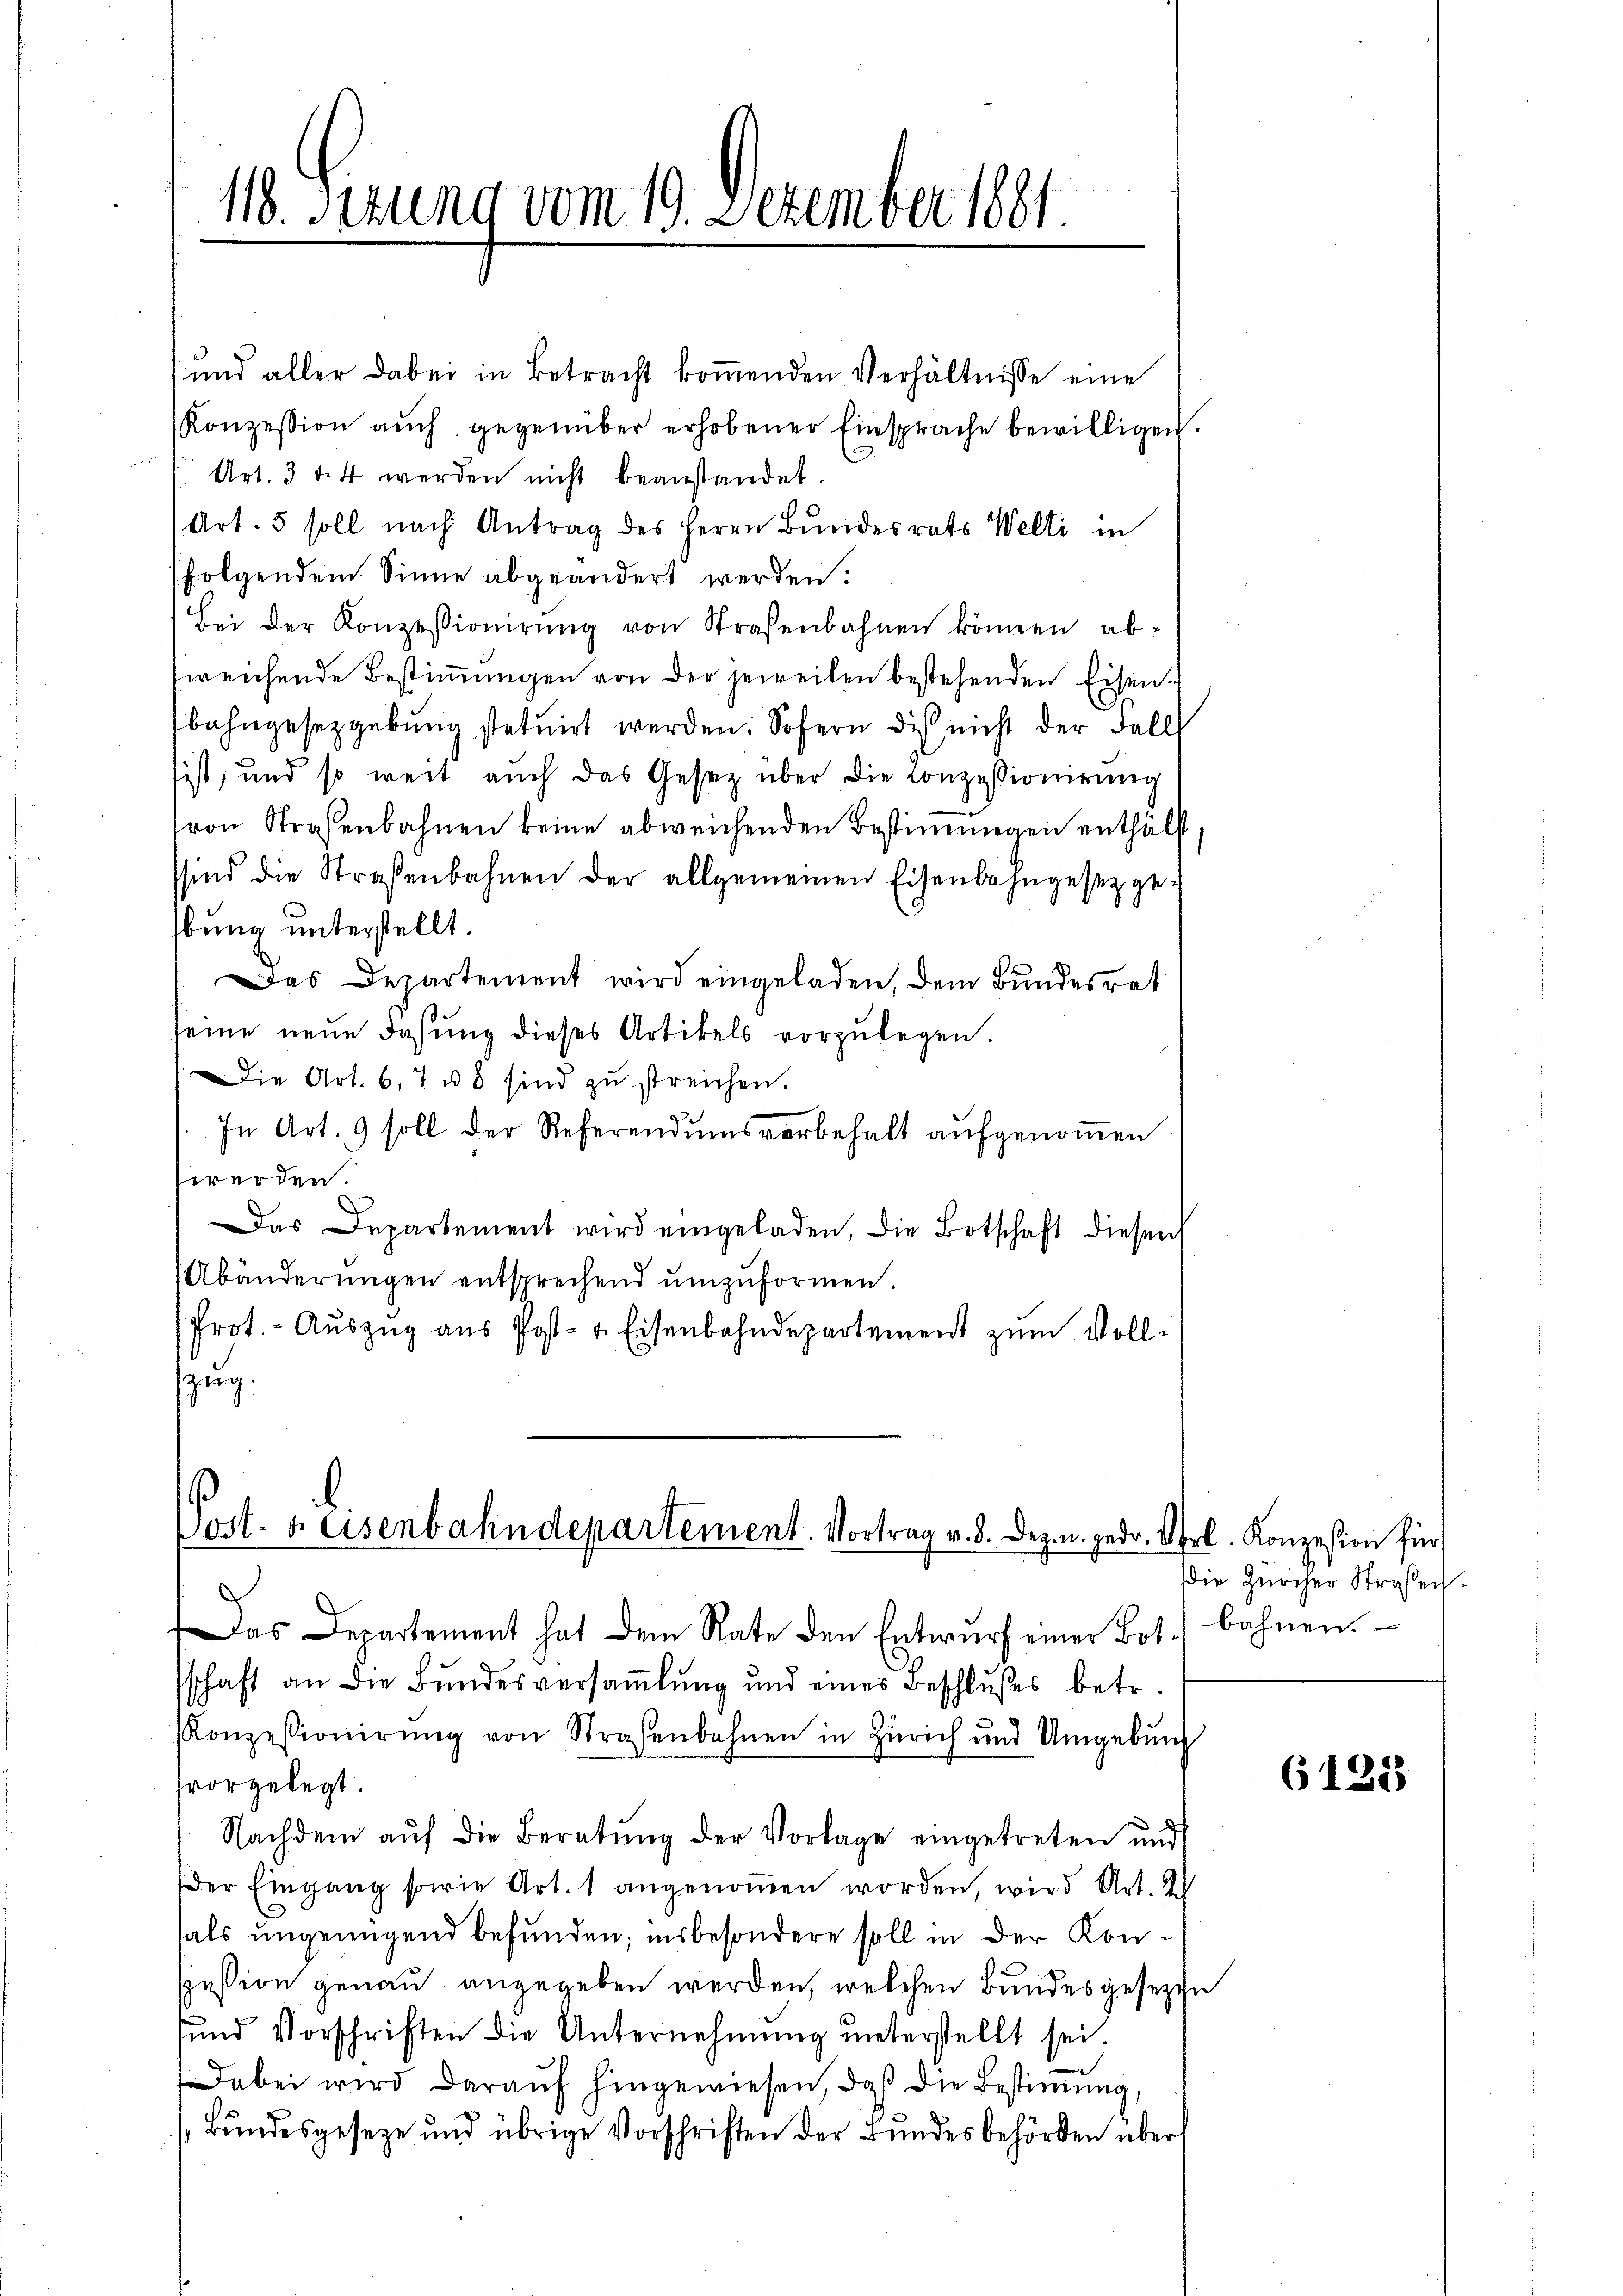
18. Sezung vom 19. Dezember 1881.

und aller dabei in Betracht koṁenden Verhältnisse eine
Konzession aŭch gegenüber erhobener Einsprache bewilligen.
Art. 3 f. 4 werden nicht beanstandet.
Art. 5 soll nach Antrag des Herrn Bundesrats Welti in
folgendem Sinne abgeändert werden.
bei der Konzessionirŭng von Straßenbahnen können ab-
sweichende Bestimmungen von der jeweilen bestehenden Eisenbahngesetzgebung statuirt werden. Sofern die nicht der Fall
sist, und so weit auch das Gesetz über die Conzessionirung
von Straßenbahnen keine abweichenden Bestimmungen enthält
sind die Straßenbahnen der allgemeinen Eisenbahngesezger
bung unterstellt.
Das Departement wird eingeladen, dem Bundesrat
seine neŭe dasŭng dieses Artikels vorzŭlegen.
Die Art. 6, 7 u. sind zu streichen.
In Art. 9 soll der Referendumsvorbehalt aufgenomen
werden.
Das Departement wird eingeladen, die Botschaft diesen
Abänderungen entsprechend umzuformen.
Prot. - Aŭszŭg aŭs Post- u. Eisenbahndepartement zum Voll-
zug.

Post- & Eisenbahndepartement. Vortrag v. 8. Dez. u. gedr. Orl. Konzesion für

e
Das Departement hat dem Rate den Entwŭrf einer Bot.) bahnen.
sschaft an die Bundesversammlung und eines Beschlußes betr.
Konzessionirŭng von Straßenbahnen in Zürich und Umgebŭng
fvorgelegt.
Nachdem aŭf die Beratŭng der Vorlage eingetreten und
der Eingang sowie Art. 1 angenoṁen worden, wird Art. 2
als ungenügend befunden; insbesondere soll in der Konpession genau angegeben werden, welchen Bundesgesezten
sund Vorschriften die Unternehmŭng ŭnterstellt sei.
Dabei wird daraŭf hingewiesen, daß die Bestimmung,
Bundesgeseze und übrige Vorschriften der Bundesbehörden über

Die Zürcher Straßen¬

6121